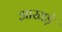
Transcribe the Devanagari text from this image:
आखड़े